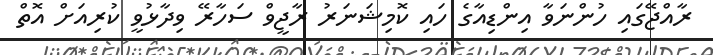
ރާއްޖޭގައި ހުންނަވާ އިންޑިއާގެ ހައި ކޮމިޝަނަރު ރާޖީވް ސަހާރޭ ވިދާޅުވީ ކުރިއަށް އޮތް